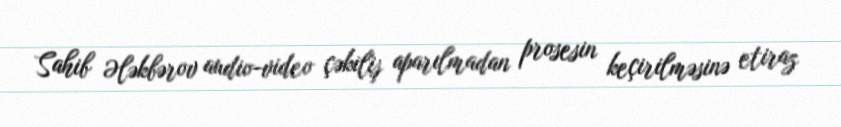
Sahib Ələkbərov audio-video çəkiliş aparılmadan prosesin keçirilməsinə etiraz